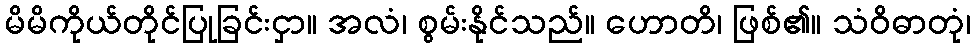
မိမိကိုယ်တိုင်ပြုခြင်းငှာ။ အလံ၊ စွမ်းနိုင်သည်။ ဟောတိ၊ ဖြစ်၏။ သံဝိဓာတုံ၊